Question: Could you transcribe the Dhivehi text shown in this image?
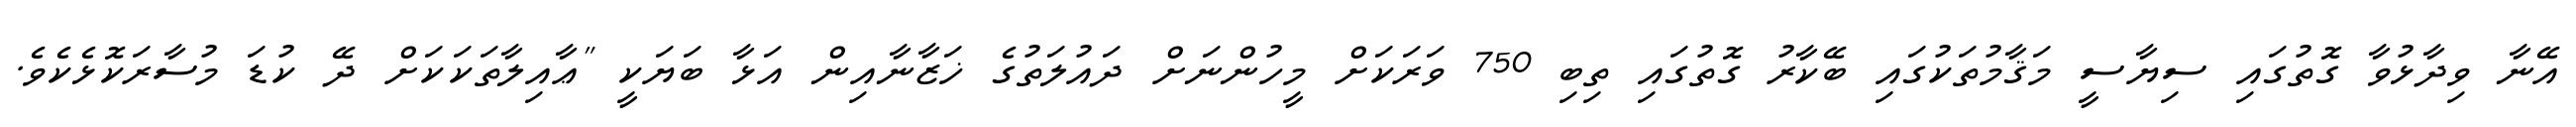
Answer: އޭނާ ވިދާޅުވާ ގޮތުގައި ސިޔާސީ މަޤާމުތަކުގައި ބޭކާރު ގޮތުގައި ތިބި 750 ވަރަކަށް މީހުންނަށް ދައުލަތުގެ ޚަޒާނާއިން އަޅާ ބަޔަކީ "ޢާއިލާތަކަކަށް ދޭ ކުޑަ މުސާރަކޮޅެކެވެ.